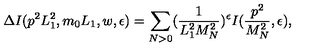
\Delta I ( p ^ { 2 } L _ { 1 } ^ { 2 } , m _ { 0 } L _ { 1 } , w , \epsilon ) = \sum _ { N > 0 } ( \frac { 1 } { L _ { 1 } ^ { 2 } M _ { N } ^ { 2 } } ) ^ { \epsilon } I ( \frac { p ^ { 2 } } { M _ { N } ^ { 2 } } , \epsilon ) ,